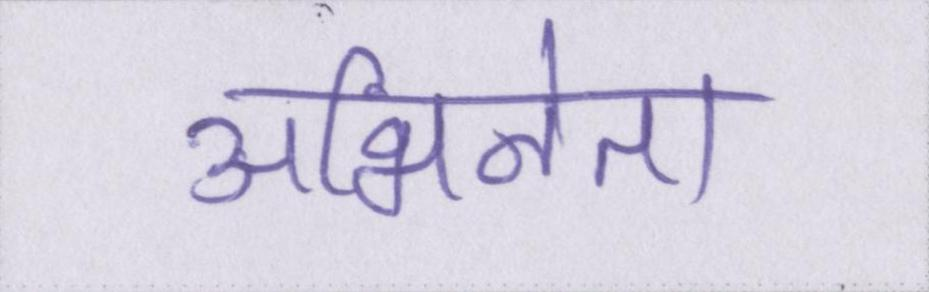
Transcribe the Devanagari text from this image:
अभिनेता